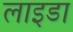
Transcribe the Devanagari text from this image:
लाइडा